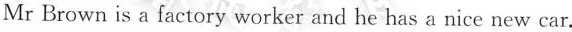
Mr Brown is a factory worker and he has a nice new car.